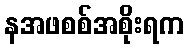
နအဖစစ်အစိုးရက